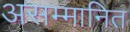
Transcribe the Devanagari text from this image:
असम्मानित